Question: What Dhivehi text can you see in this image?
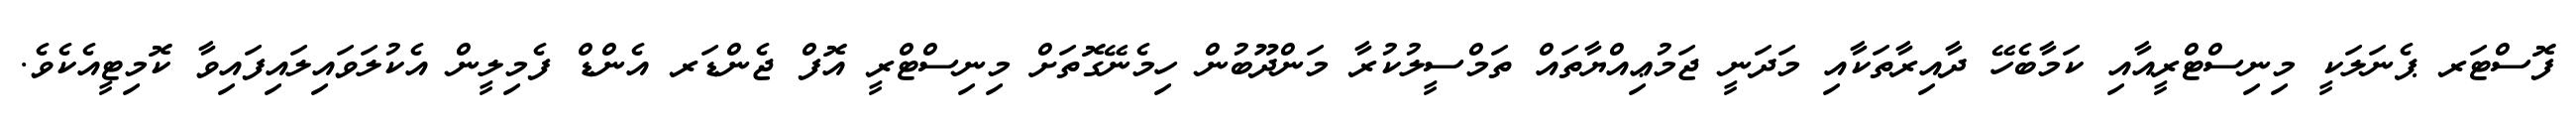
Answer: ފޮސްޓަރ ޕެނަލަކީ މިނިސްޓްރީއާއި ކަމާބެހޭ ދާއިރާތަކާއި މަދަނީ ޖަމުޢިއްޔާތައް ތަމްސީލުކުރާ މަންދޫބުން ހިމެނޭގޮތަށް މިނިސްޓްރީ އޮފް ޖެންޑަރ އެންޑް ފެމިލީން އެކުލަވައިލައިފައިވާ ކޮމިޓީއެކެވެ.